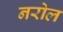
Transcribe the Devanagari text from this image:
नरोल